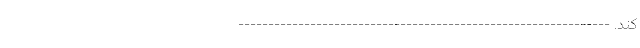
کند. --------------------------------------------------------------